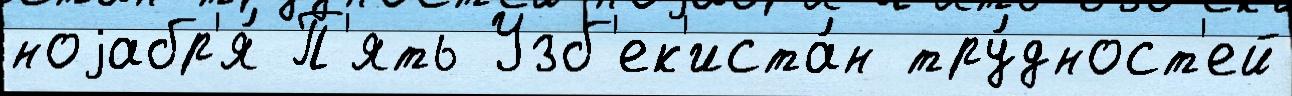
ноjабр'я́ П'ять Узб'ек'иста́н тру́дност'ей